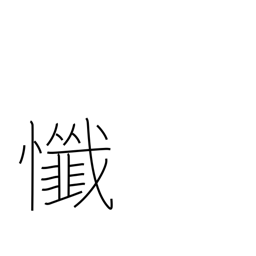
Meaning: repent